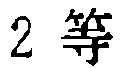
$2\text{ 等}$